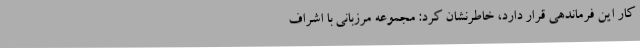
کار این فرماندهی قرار دارد، خاطرنشان کرد: مجموعه مرزبانی با اشراف